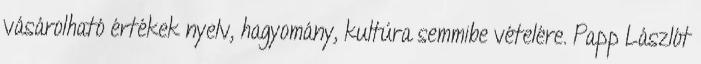
vásárolható értékek nyelv, hagyomány, kultúra semmibe vételére. Papp Lászlót